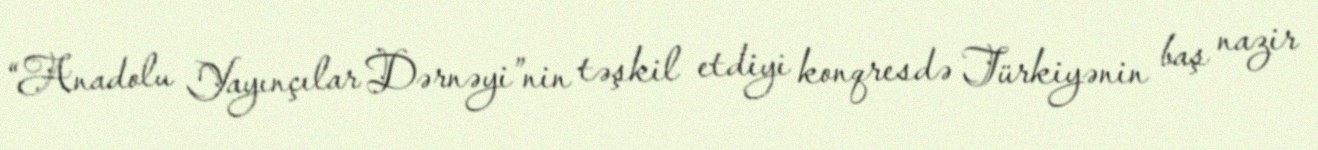
“Anadolu Yayınçılar Dərnəyi”nin təşkil etdiyi konqresdə Türkiyənin baş nazir